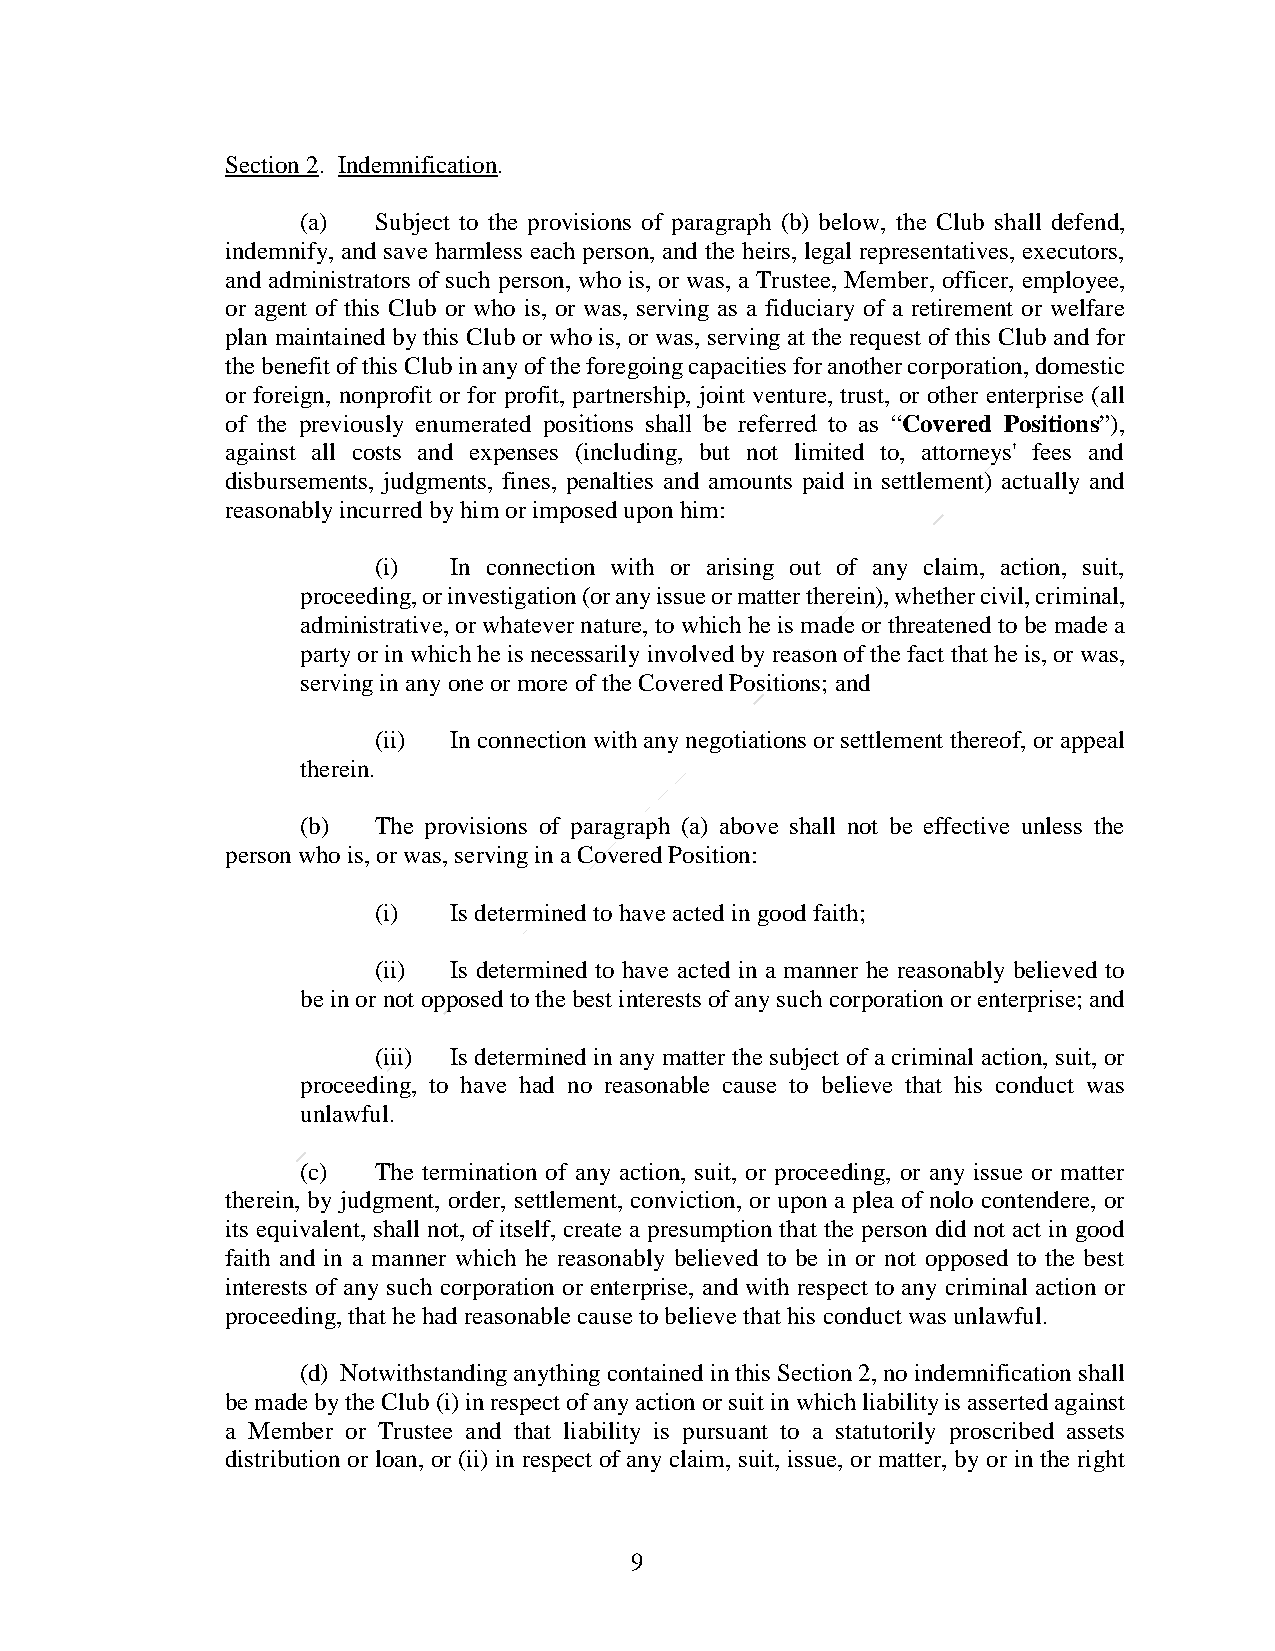
Section 2. Indemnification.
 (a)  Subject to the provisions of paragraph (b) below, the Club shall defend,
 indemnify, and save harmless each person, and the heirs, legal representatives, executors,
 and administrators of such person, who is, or was, a Trustee, Member, officer, employee,
 or agent of this Club or who is, or was, serving as a fiduciary of a retirement or welfare
 plan maintained by this Club or who is, or was, serving at the request of this Club and for
 the benefit of this Club in any of the foregoing capacities for another corporation, domestic
 or foreign, nonprofit or for profit, partnership, joint venture, trust, or other enterprise (all
 of the previously enumerated positions shall be referred to as “Covered Positions”),
 against all costs and expenses (including, but not limited to, attorneys' fees and
 disbursements, judgments, fines, penalties and amounts paid in settlement) actually and
 reasonably incurred by him or imposed upon him:
 (i)  In connection with or arising out of any claim, action, suit,
 proceeding, or investigation (or any issue or matter therein), whether civil, criminal,
 administrative, or whatever nature, to which he is made or threatened to be made a
 party or in which he is necessarily involved by reason of the fact that he is, or was,
 serving in any one or more of the Covered Positions; and
 (ii) In connection with any negotiations or settlement thereof, or appeal
 therein.
 (b)  The provisions of paragraph (a) above shall not be effective unless the
 person who is, or was, serving in a Covered Position:
 (i)  Is determined to have acted in good faith;
 (ii) Is determined to have acted in a manner he reasonably believed to
 be in or not opposed to the best interests of any such corporation or enterprise; and
 (iii) Is determined in any matter the subject of a criminal action, suit, or
 proceeding, to have had no reasonable cause to believe that his conduct was
 unlawful.
 (c)  The termination of any action, suit, or proceeding, or any issue or matter
 therein, by judgment, order, settlement, conviction, or upon a plea of nolo contendere, or
 its equivalent, shall not, of itself, create a presumption that the person did not act in good
 faith and in a manner which he reasonably believed to be in or not opposed to the best
 interests of any such corporation or enterprise, and with respect to any criminal action or
 proceeding, that he had reasonable cause to believe that his conduct was unlawful.
 (d) Notwithstanding anything contained in this Section 2, no indemnification shall
 be made by the Club (i) in respect of any action or suit in which liability is asserted against
 a Member or Trustee and that liability is pursuant to a statutorily proscribed assets
 distribution or loan, or (ii) in respect of any claim, suit, issue, or matter, by or in the right
 9